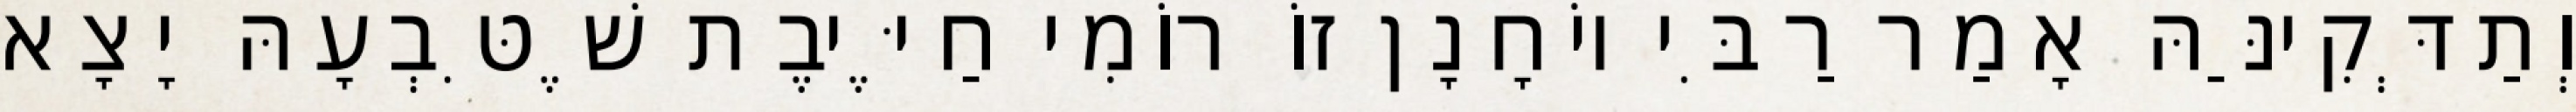
וְתַדְּקִינַּהּ אָמַר רַבִּי יוֹחָנָן זוֹ רוֹמִי חַיֶּיבֶת שֶׁטִּבְעָהּ יָצָא